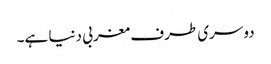
دوسری طرف مغربی دنیا ہے۔